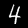
Digit: 4